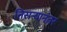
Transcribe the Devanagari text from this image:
तिसऱ्यानंतर